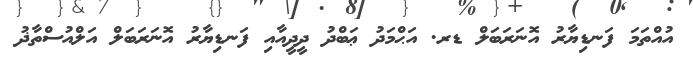
އުއްތަމަ ފަނޑިޔާރު އޮނަރަބަލް ޑރ. އަޙްމަދު ޢަބްދު ދީދީއާއި ފަނޑިޔާރު އޮނަރަބަލް އަލްއުސްތާޛު